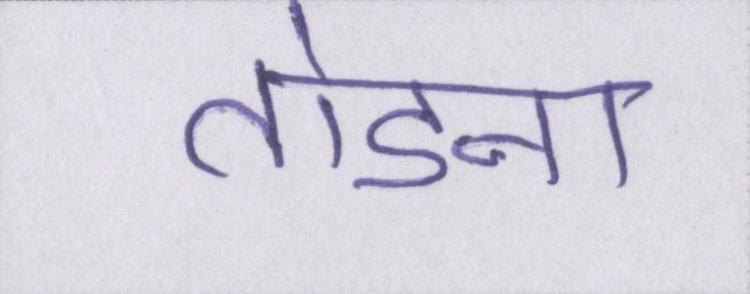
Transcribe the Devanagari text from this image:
तोडना